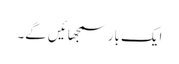
ایک بار سمجھائیں گے۔